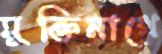
মুক্তিনাথে